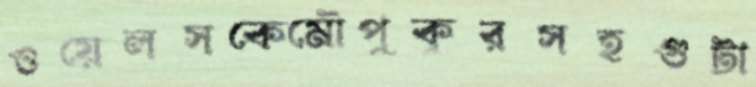
ওয়েলসকেমৌপুকুরসহগুটা